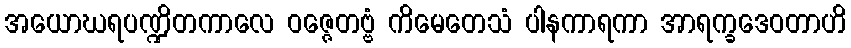
အယောဃရပဏ္ဍိတကာလေ ဝဇ္ဇေတဗ္ဗံ ကိမေတေသံ ပါနကာရကာ အာရက္ခဒေဝတာဟိ